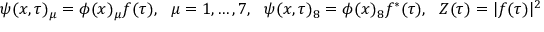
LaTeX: \psi ( x , \tau ) _ { \mu } = \phi ( x ) _ { \mu } f ( \tau ) , \ \ \mu = 1 , \dots , 7 , \ \ \psi ( x , \tau ) _ { 8 } = \phi ( x ) _ { 8 } f ^ { * } ( \tau ) , \ \ Z ( \tau ) = | f ( \tau ) | ^ { 2 }